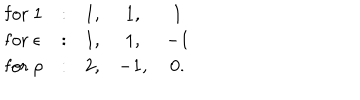
LaTeX: \begin{array} { l c c c c } { { \mathrm { f o r ~ } 1 } } & { { : } } & { { 1 , } } & { { 1 , } } & { { 1 } } \\ { { \mathrm { f o r ~ } \epsilon } } & { { : } } & { { 1 , } } & { { 1 , } } & { { - 1 } } \\ { { \mathrm { f o r ~ } \rho } } & { { : } } & { { 2 , } } & { { - 1 , } } & { { 0 . } } \\ \end{array}